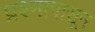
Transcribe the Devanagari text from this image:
प्रश्नापासून